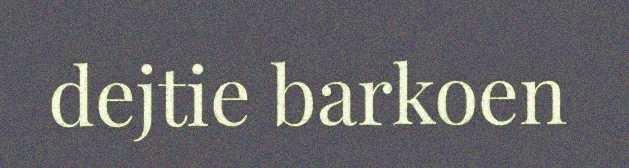
dejtie barkoen